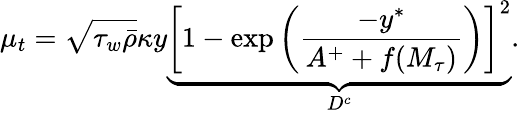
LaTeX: \mu_{t}=\sqrt{\tau_{w}\bar{\rho}}\kappa y\underbrace{\left[1-\mathrm{exp}\left({\frac{-y^{*}}{A^{+}+f(M_{\tau})}}\right)\right]^{2}}_{D^{c}}.